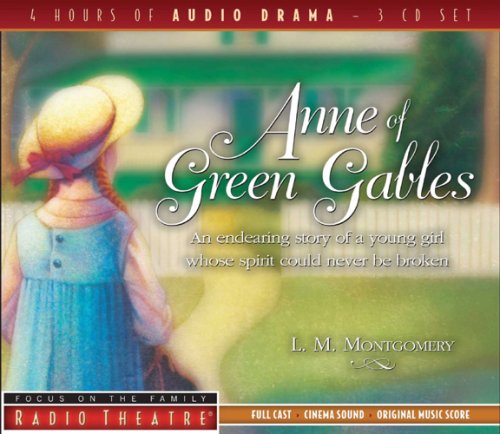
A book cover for Anne of Green Gables (Radio Theatre); Christian Books & Bibles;